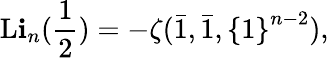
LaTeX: \operatorname{L\mathbf{i}}_{n}({\frac{{1}}{{2}}})=-\zeta({\bar{{1}}},{\bar{{1}}},\left\{ 1\right\} ^{n-2}),